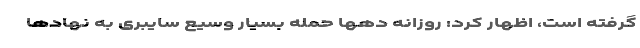
گرفته است، اظهار کرد: روزانه دهها حمله‌ بسیار وسیع سایبری به نهادها